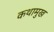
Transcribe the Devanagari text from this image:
कथामुख